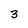
Character: 3